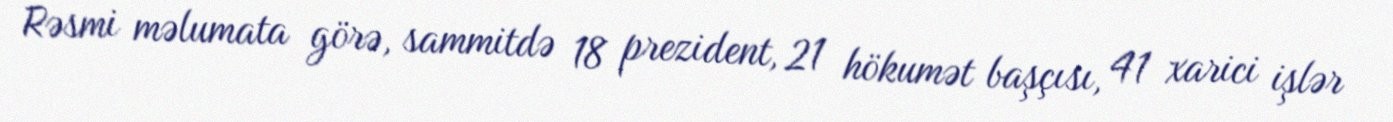
Rəsmi məlumata görə, sammitdə 18 prezident, 21 hökumət başçısı, 41 xarici işlər